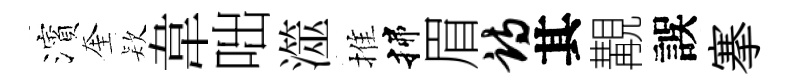
濱奎𣣇韋咄澨推揲眉诗其覯誤搴